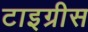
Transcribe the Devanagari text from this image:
टाइग्रीस